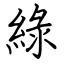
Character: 綠